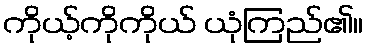
ကိုယ့်ကိုကိုယ် ယုံကြည်၏။